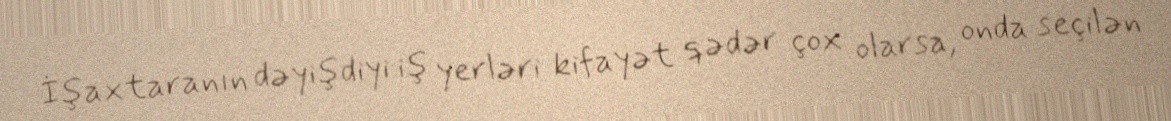
İşaxtaranın dəyişdiyi iş yerləri kifayət qədər çox olarsa, onda seçilən